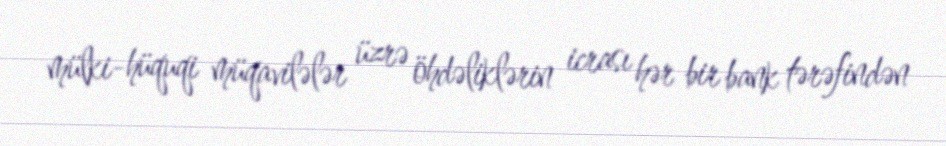
mülki-hüquqi müqavilələr üzrə öhdəliklərin icrası hər bir bank tərəfindən